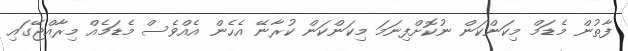
ފާތުން މެޑަމް މިކަންކަން ނުކޮށްފިނަމަ މިކަންކަން ކުރާނޭ އެހެން އެއްވެސް މެޑަމެއް މިރާއްޖޭގައި